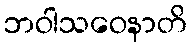
ဘဝါသဝေနာတိ